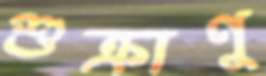
শুক্রাণু